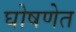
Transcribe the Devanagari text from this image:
घोषणेत